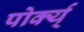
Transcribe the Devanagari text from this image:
पोर्क्य्